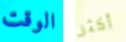
الوقت أكثر